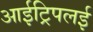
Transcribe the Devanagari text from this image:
आईट्रिपलई